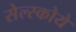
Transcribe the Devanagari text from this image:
सेल्स्कोये